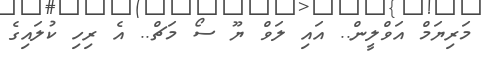
މަރިޔަމް އަވްލީން.. އައި ލަވް ޔޫ ސޯ މަޗް.. އެ ރިހި ކުލައިގެ